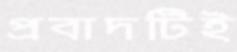
প্রবাদটিই